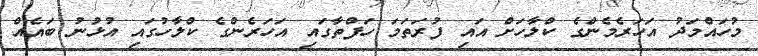
މުހައްމަދު އަހަރެމެންގެ ކްލާހަށް އައި ފުރަތަމަ ހަފްތާގައި އަހަރެންގެ ކްލާހުގައި އުޅުނު ބައެއް